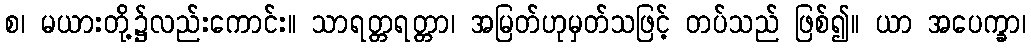
စ၊ မယားတို့၌လည်းကောင်း။ သာရတ္တရတ္တာ၊ အမြတ်ဟုမှတ်သဖြင့် တပ်သည် ဖြစ်၍။ ယာ အပေက္ခာ၊